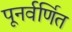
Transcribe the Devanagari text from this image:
पूनर्वर्णित